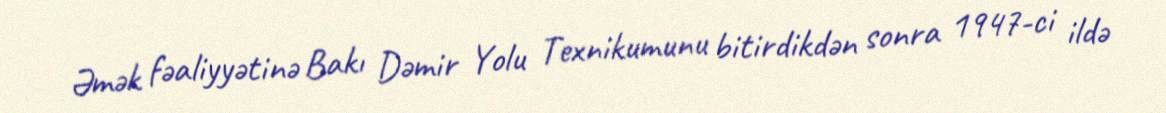
Əmək fəaliyyətinə Bakı Dəmir Yolu Texnikumunu bitirdikdən sonra 1947-ci ildə